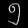
Digit: ၅